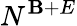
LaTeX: N^{\mathbf{B}+E}